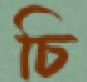
চি